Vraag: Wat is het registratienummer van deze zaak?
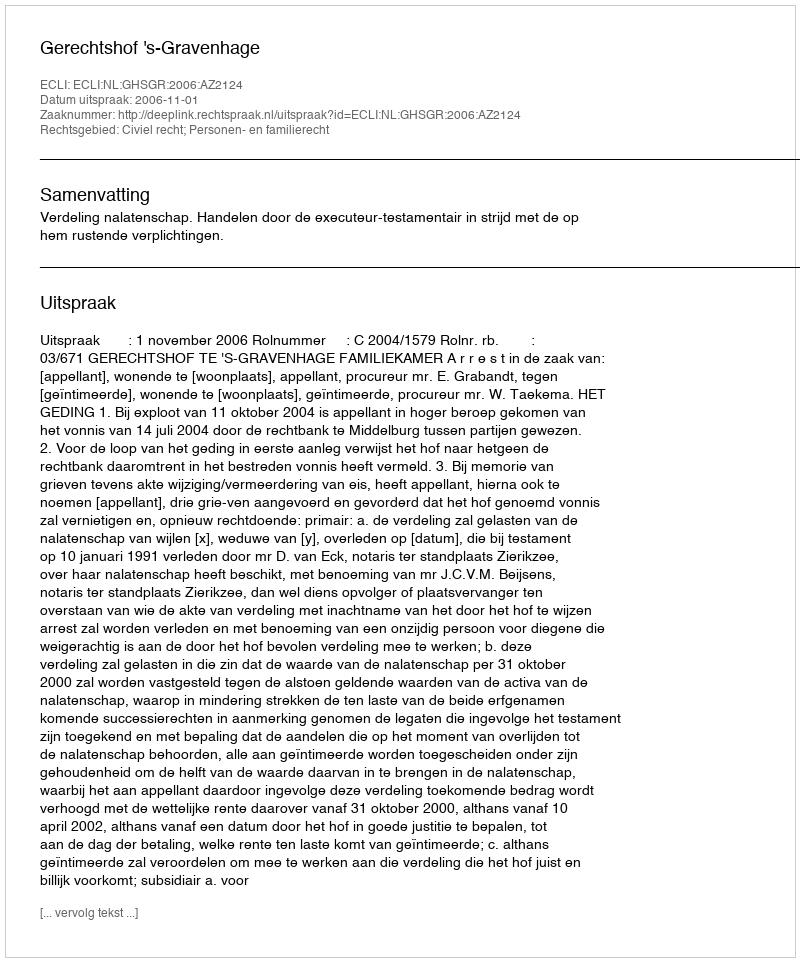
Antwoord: http://deeplink.rechtspraak.nl/uitspraak?id=ECLI:NL:GHSGR:2006:AZ2124